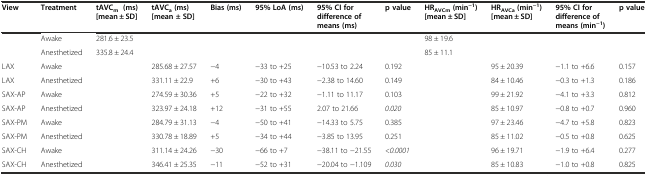
<table><thead><tr><td><b>View</b></td><td><b>Treatment</b></td><td><b>tAVC<sub>m</sub>(ms) [mean ± SD]</b></td><td><b>tAVC<sub>a</sub>(ms) [mean ± SD]</b></td><td><b>Bias (ms)</b></td><td><b>95% LoA (ms)</b></td><td><b>95% CI for difference of means (ms)</b></td><td><b>p value</b></td><td><b>HR<sub>AVCm</sub> (min<sup>−1</sup>) [mean ± SD]</b></td><td><b>HR<sub>AVCa</sub>(min<sup>−1</sup>) [mean ± SD]</b></td><td><b>95% CI for difference of means (min<sup>−1</sup>)</b></td><td><b>p value</b></td></tr></thead><tbody><tr><td></td><td>Awake</td><td>281.6 ± 23.5</td><td></td><td></td><td></td><td></td><td></td><td>98 ± 19.6</td><td></td><td></td><td></td></tr><tr><td></td><td>Anesthetized</td><td>335.8 ± 24.4</td><td></td><td></td><td></td><td></td><td></td><td>85 ± 11.1</td><td></td><td></td><td></td></tr><tr><td>LAX</td><td>Awake</td><td></td><td>285.68 ± 27.57</td><td>−4</td><td>−33 to +25</td><td>−10.53 to 2.24</td><td>0.192</td><td></td><td>95 ± 20.39</td><td>−1.1 to +6.6</td><td>0.157</td></tr><tr><td>LAX</td><td>Anesthetized</td><td></td><td>331.11 ± 22.9</td><td>+6</td><td>−30 to +43</td><td>−2.38 to 14.60</td><td>0.149</td><td></td><td>84 ± 10.46</td><td>−0.3 to +1.3</td><td>0.186</td></tr><tr><td>SAX-AP</td><td>Awake</td><td></td><td>274.59 ± 30.36</td><td>+5</td><td>−22 to +32</td><td>−1.11 to 11.17</td><td>0.103</td><td></td><td>99 ± 21.92</td><td>−4.1 to +3.3</td><td>0.812</td></tr><tr><td>SAX-AP</td><td>Anesthetized</td><td></td><td>323.97 ± 24.18</td><td>+12</td><td>−31 to +55</td><td>2.07 to 21.66</td><td><i>0.020</i></td><td></td><td>85 ± 10.97</td><td>−0.8 to +0.7</td><td>0.960</td></tr><tr><td>SAX-PM</td><td>Awake</td><td></td><td>284.79 ± 31.13</td><td>−4</td><td>−50 to +41</td><td>−14.33 to 5.75</td><td>0.385</td><td></td><td>97 ± 23.46</td><td>−4.7 to +5.8</td><td>0.823</td></tr><tr><td>SAX-PM</td><td>Anesthetized</td><td></td><td>330.78 ± 18.89</td><td>+5</td><td>−34 to +44</td><td>−3.85 to 13.95</td><td>0.251</td><td></td><td>85 ± 11.02</td><td>−0.5 to +0.8</td><td>0.625</td></tr><tr><td>SAX-CH</td><td>Awake</td><td></td><td>311.14 ± 24.26</td><td>−30</td><td>−66 to +7</td><td>−38.11 to −21.55</td><td><i>&lt;0.0001</i></td><td></td><td>96 ± 19.71</td><td>−1.9 to +6.4</td><td>0.277</td></tr><tr><td>SAX-CH</td><td>Anesthetized</td><td></td><td>346.41 ± 25.35</td><td>−11</td><td>−52 to +31</td><td>−20.04 to −1.109</td><td><i>0.030</i></td><td></td><td>85 ± 10.83</td><td>−1.0 to +0.8</td><td>0.825</td></tr></tbody></table>